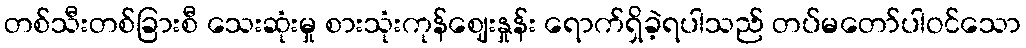
တစ်သီးတစ်ခြားစီ သေးဆုံးမှု စားသုံးကုန်ဈေးနှုန်း ရောက်ရှိခဲ့ရပါသည် တပ်မတော်ပါဝင်သော